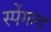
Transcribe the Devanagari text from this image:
स्पेंगल्ड